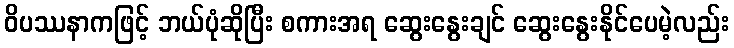
ဝိပဿနာကဖြင့် ဘယ်ပုံဆိုပြီး စကားအရ ဆွေးနွေးချင် ဆွေးနွေးနိုင်ပေမဲ့လည်း